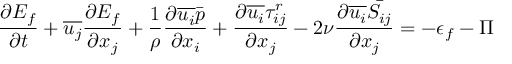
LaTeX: { \frac { \partial E _ { f } } { \partial t } } + { \overline { { u _ { j } } } } { \frac { \partial E _ { f } } { \partial x _ { j } } } + { \frac { 1 } { \rho } } { \frac { \partial { \overline { { u _ { i } } } } { \bar { p } } } { \partial x _ { i } } } + { \frac { \partial { \overline { { u _ { i } } } } \tau _ { i j } ^ { r } } { \partial x _ { j } } } - 2 \nu { \frac { \partial { \overline { { u _ { i } } } } { \bar { S _ { i j } } } } { \partial x _ { j } } } = - \epsilon _ { f } - \Pi